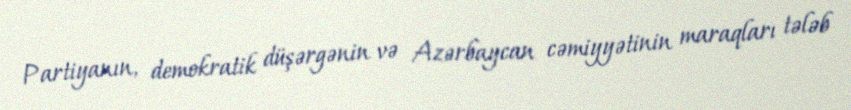
Partiyanın, demokratik düşərgənin və Azərbaycan cəmiyyətinin maraqları tələb